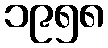
၁၉၅၈